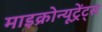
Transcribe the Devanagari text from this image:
माइक्रोन्यूट्रेंट्स